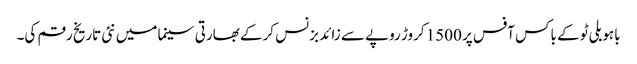
باہو بلی ٹو کے باکس آفس پر 1500 کروڑ روپے سے زائد بزنس کرکے بھارتی سینما میں نئی تاریخ رقم کی۔